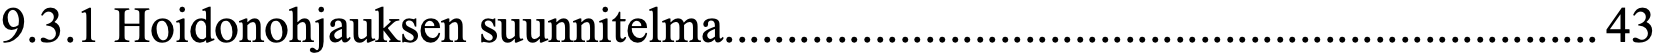
9.3.1 Hoidonohjauksen suunnitelma...................................................................... 43